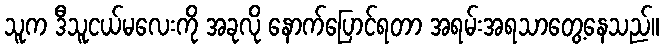
သူက ဒီသူငယ်မလေးကို အခုလို နောက်ပြောင်ရတာ အရမ်းအရသာတွေ့နေသည်။